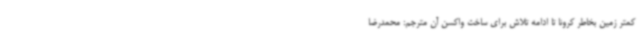
کمتر زمین بخاطر کرونا تا ادامه تلاش‌ برای ساخت واکسن آن مترجم: محمدرضا